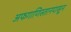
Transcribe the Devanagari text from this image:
अफगाणिस्तानपासून